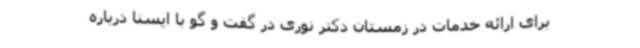
برای ارائه خدمات در زمستان دکتر نوری در گفت و گو با ایسنا درباره